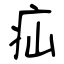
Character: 疝